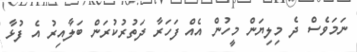
ނަމަވެސް ދެ މިލިޔަން މީހުން އެއް ފަހަރާ ދަތުރުކުރަން ބަލާއިރު އެ ފުޅާ